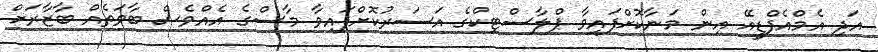
އަދި އެމްއެފްޑީއޭ އިން މަނާކޮށްފައިވާ ޕްލާސްޓިކްގެ އަސަރުކޮށްފައިވާ މާސްގެ އެއްވެސް ބާވަތެއް ބާޒާރަށް